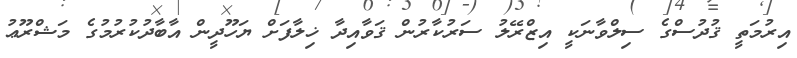
އިރުމަތީ ޤުދުސްގެ ސިލްވާނަކީ އިޒްރޭލު ސަރުކާރުން ޤަވާއިދާ ޚިލާފަށް ޔަހޫދީން އާބާދުކުރުމުގެ މަޝްރޫޢު